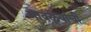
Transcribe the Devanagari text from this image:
मावळ्यांची